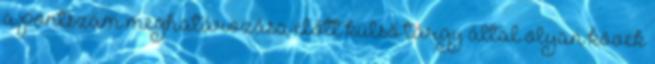
a pontszám meghatározása előtt külső tárgy által olyan kövek